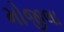
મોજીલા